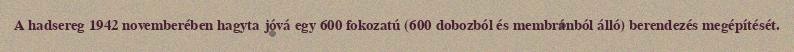
A hadsereg 1942 novemberében hagyta jóvá egy 600 fokozatú (600 dobozból és membránból álló) berendezés megépítését.